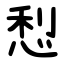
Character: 悡